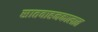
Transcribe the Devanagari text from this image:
सातवाहनकालात